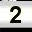
Digit: 2